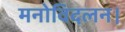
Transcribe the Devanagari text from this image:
मनोविदलन।